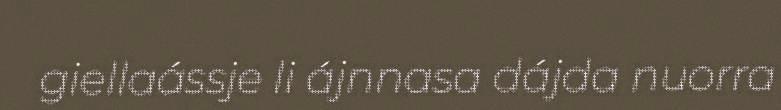
giellaássje li ájnnasa dájda nuorra